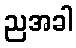
ညအခါ